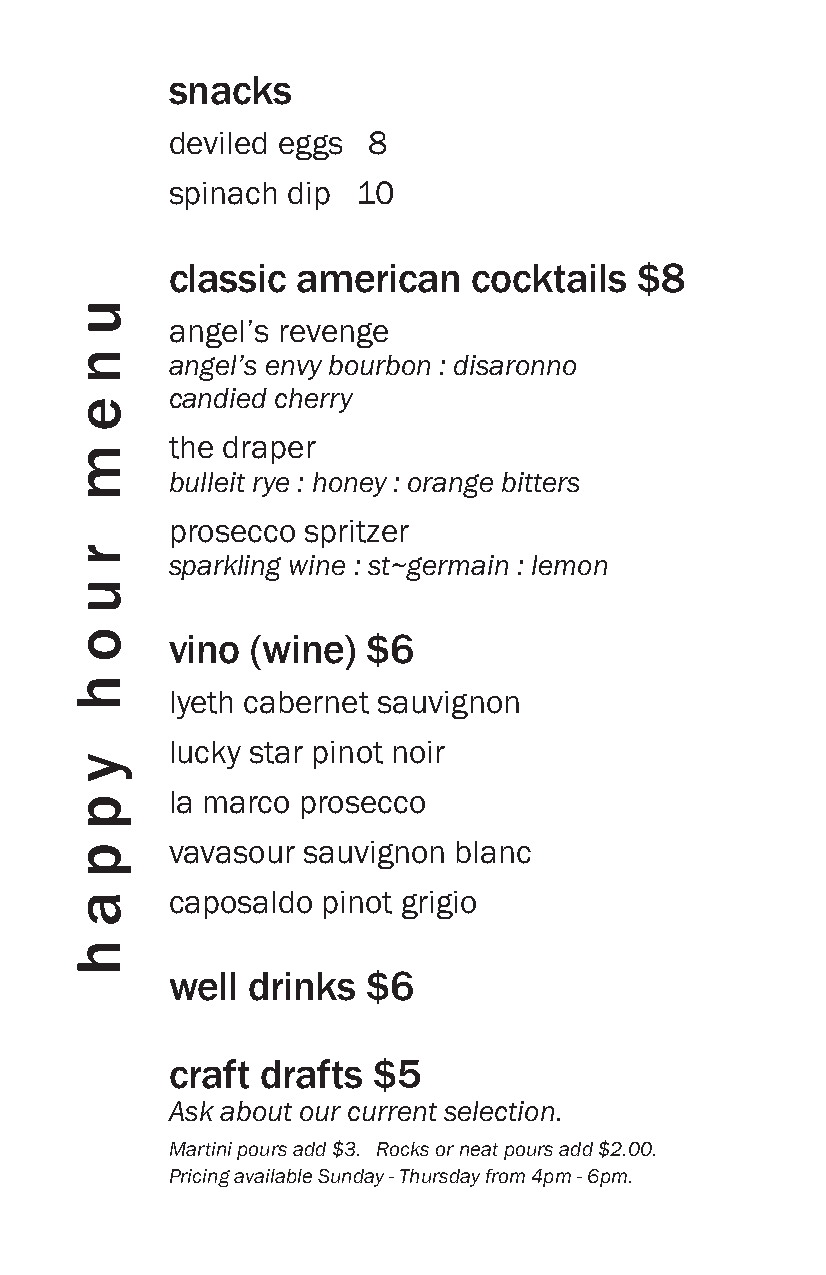
snacks
 deviled eggs 8
 spinach dip  10
 classic  american   cocktails  $8
 angel’s revenge
 angel’s envy bourbon : disaronno
 candied cherry
 the draper
 bulleit rye : honey : orange bitters
 prosecco spritzer
 sparkling wine : st~germain : lemon
 vino  (wine) $6
 lyeth cabernet sauvignon
 lucky star pinot noir
 la marco prosecco
 vavasour sauvignon blanc
 caposaldo pinot grigio
 well drinks  $6
 craft drafts  $5
 Ask about our current selection.
 Martini pours add $3. Rocks or neat pours add $2.00.
 Pricing available Sunday - Thursday from 4pm - 6pm.
 u
 n
 e
 m
 r
 u
 o
 h
 y
 p
 p
 a
 h